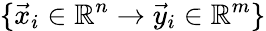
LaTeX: \{ \vec{x}_{i}\in\mathbb{R}^{n}\rightarrow\vec{y}_{i}\in\mathbb{R}^{m}\}